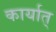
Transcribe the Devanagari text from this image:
कार्यात्